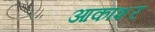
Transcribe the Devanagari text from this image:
आकाशर